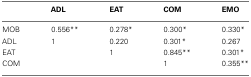
<table><thead><tr><td></td><td><b>ADL</b></td><td><b>EAT</b></td><td><b>COM</b></td><td><b>EMO</b></td></tr></thead><tbody><tr><td>MOB</td><td>0.556**</td><td>0.278*</td><td>0.300*</td><td>0.330*</td></tr><tr><td>ADL</td><td>1</td><td>0.220</td><td>0.301*</td><td>0.267</td></tr><tr><td>EAT</td><td></td><td>1</td><td>0.845**</td><td>0.301*</td></tr><tr><td>COM</td><td></td><td></td><td>1</td><td>0.355**</td></tr></tbody></table>